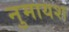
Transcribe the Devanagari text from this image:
नुमायश